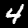
Digit: 4